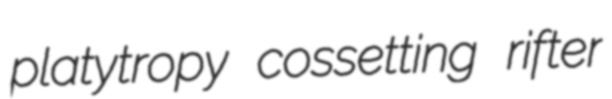
platytropy cossetting rifter